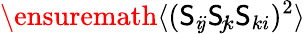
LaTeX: \ensuremath{\langle(\mathsf{S}_{i\! j}\mathsf{S}_{\! j\! k}\mathsf{S}_{ki})^{2}\rangle}